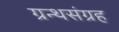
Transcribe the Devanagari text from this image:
ग्रन्थसंग्रह